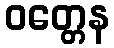
ဝတ္တေန